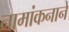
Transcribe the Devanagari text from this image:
नामांकनाने